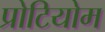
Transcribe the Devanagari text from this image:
प्रोटियोम